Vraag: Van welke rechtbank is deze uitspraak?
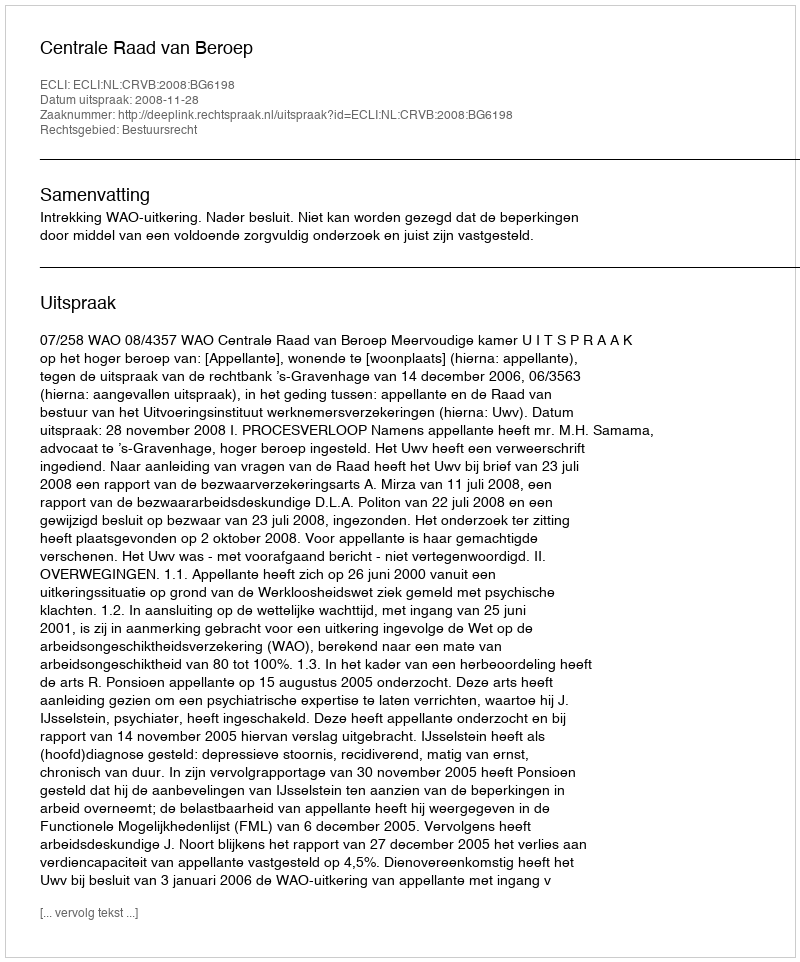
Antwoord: Centrale Raad van Beroep